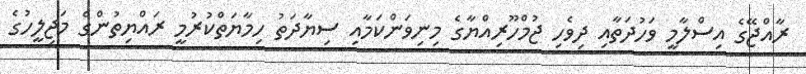
ރާއްޖޭގެ އިސްލާމީ ވަހުދަތާއި ދިވެހި ޖުމްހޫރިއްޔާގެ މިނިވަންކަމާއި ސިޔާދަތު ހިމާޔަތްކުރުމީ ރައްޔިތުންގެ މަޖިލީހުގެ